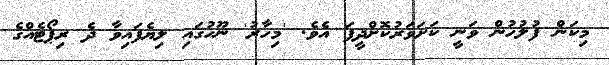
މިކަން ފުލުހުން ވަނީ ކަށަވަރުކޮށްދީފަ އެވެ. 'މިހާރު' ނޫހުގައި ލިޔެފައިވާ ދެ ރިޕޯޓެއްގެ